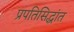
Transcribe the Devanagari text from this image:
प्रपतिसिद्धांत